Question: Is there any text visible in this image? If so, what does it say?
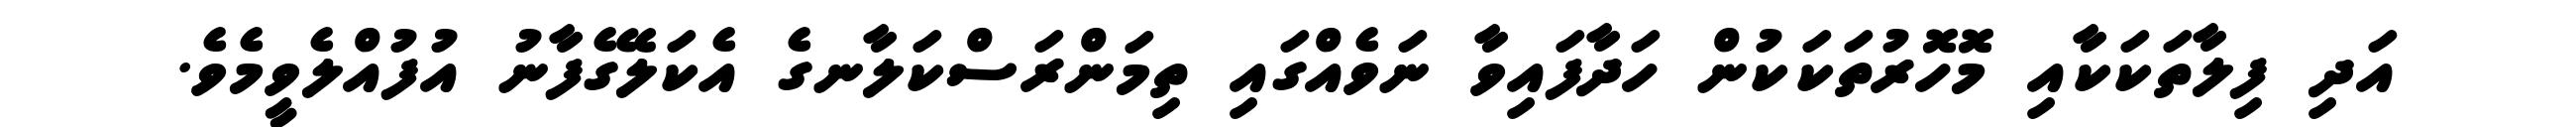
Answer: އަދި ފިލާތަކަކާއި މޮހޮރުތަކަކުން ހަދާފައިވާ ނަވެއްގައި ތިމަންރަސްކަލާނގެ އެކަލޭގެފާނު އުފުއްލެވީމެވެ.